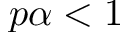
p \alpha < 1